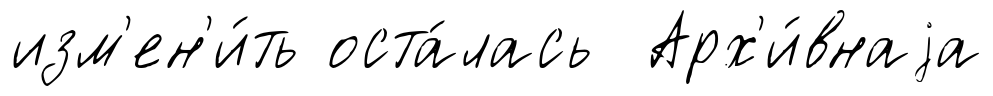
изм'ен'и́ть оста́лась Арх'и́внаjа